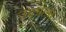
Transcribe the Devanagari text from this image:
उद्‌भ्रान्त